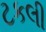
ટકલી